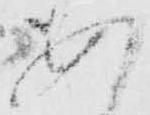
あ